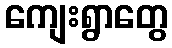
ကျေးရွာတွေ